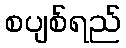
စပျစ်ရည်